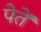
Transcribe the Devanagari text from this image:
पेतें